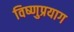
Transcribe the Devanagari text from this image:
विष्‍णुप्रयाग